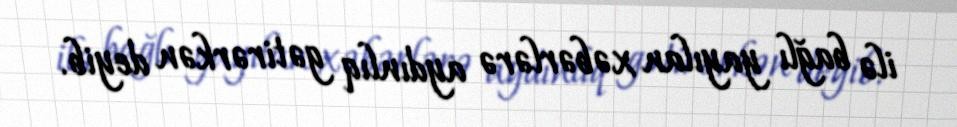
ilə bağlı yayılan xəbərlərə aydınlıq gətirərkən deyib.